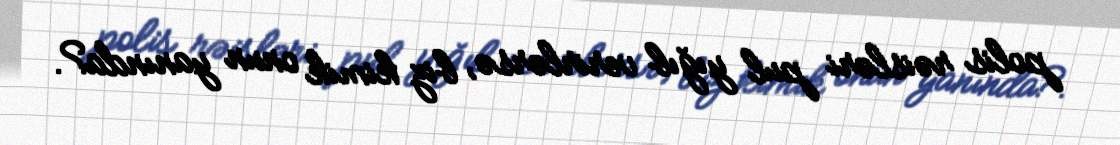
polis rəisləri pul yığıb verirlərsə, biz kimik onun yanında?.